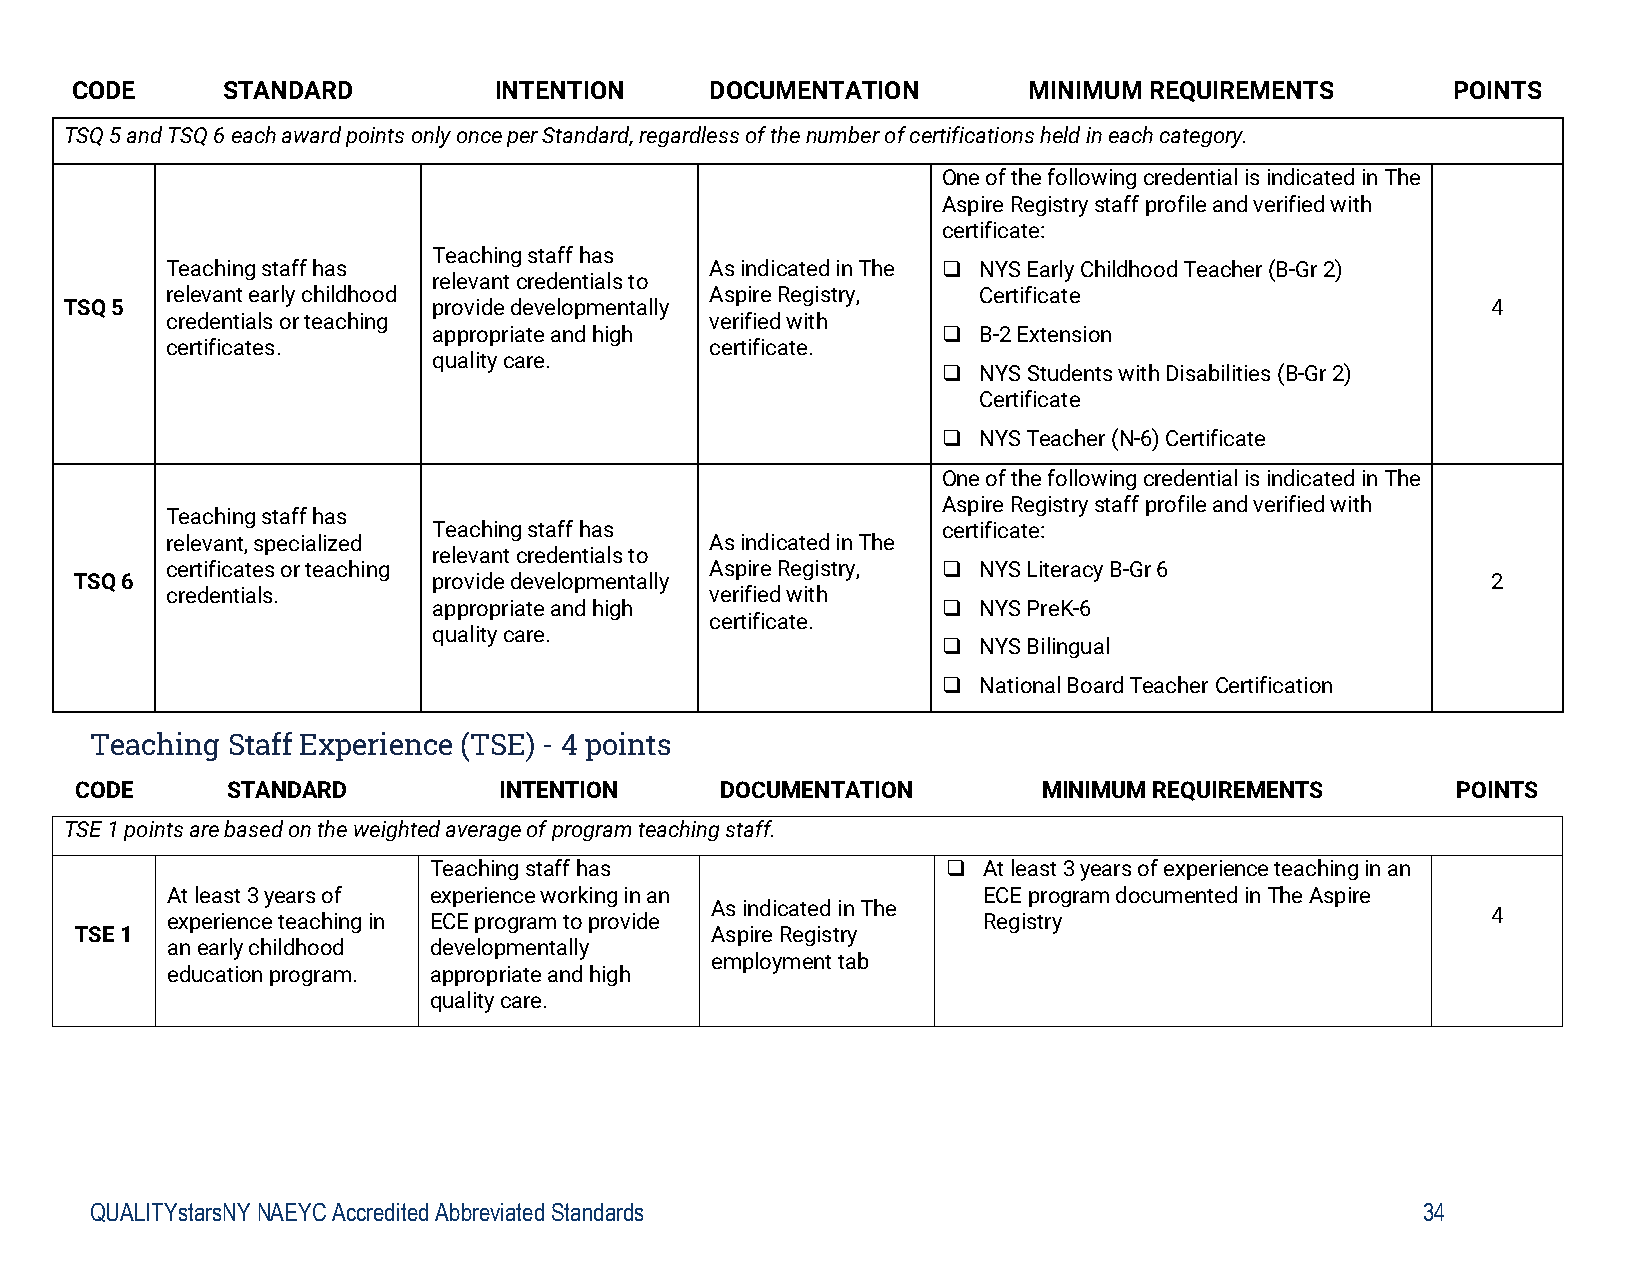
CODE      STANDARD          INTENTION     DOCUMENTATION        MINIMUM REQUIREMENTS        POINTS
 TSQ 5 and TSQ 6 each award points only once per Standard, regardless of the number of certifications held in each category.
 One of the following credential is indicated in The
 Aspire Registry staff profile and verified with
 certificate:
 Teaching staff has
 Teaching staff has                  As indicated in The  NYS Early Childhood Teacher (B-Gr 2)
 relevant credentials to
 relevant early childhood            Aspire Registry,  Certificate
 TSQ 5                    provide developmentally                                               4
 credentials or teaching             verified with
 appropriate and high               B-2 Extension
 certificates.                       certificate.
 quality care.
   NYS Students with Disabilities (B-Gr 2)
 Certificate
   NYS Teacher (N-6) Certificate
 One of the following credential is indicated in The
 Aspire Registry staff profile and verified with
 Teaching staff has
 Teaching staff has               certificate:
 relevant, specialized               As indicated in The
 relevant credentials to
 certificates or teaching            Aspire Registry,  NYS Literacy B-Gr 6
 TSQ 6                   provide developmentally                                               2
 credentials.                        verified with
 appropriate and high               NYS PreK-6
 certificate.
 quality care.
   NYS Bilingual
   National Board Teacher Certification
 Teaching Staff Experience (TSE) - 4 points
 CODE      STANDARD          INTENTION      DOCUMENTATION        MINIMUM REQUIREMENTS       POINTS
 TSE 1 points are based on the weighted average of program teaching staff.
 Teaching staff has                  At least 3 years of experience teaching in an
 At least 3 years of experience working in an          ECE program documented in The Aspire
 As indicated in The
 experience teaching in ECE program to provide         Registry                          4
 TSE 1                                     Aspire Registry
 an early childhood developmentally
 employment tab
 education program. appropriate and high
 quality care.
 QUALITYstarsNY NAEYC Accredited Abbreviated Standards                                   34